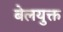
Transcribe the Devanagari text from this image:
बेलयुक्त